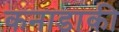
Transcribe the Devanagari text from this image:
कनाडाकी